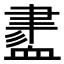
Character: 𧗁